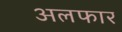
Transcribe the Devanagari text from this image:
अलफार